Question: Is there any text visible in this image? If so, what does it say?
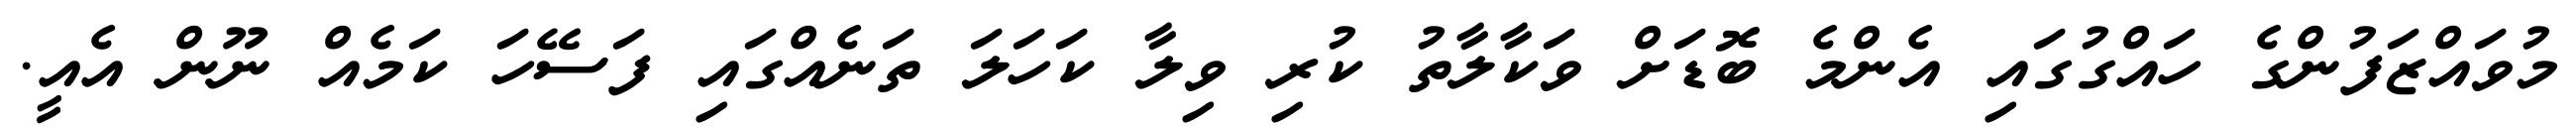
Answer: މުވައްޒަފުންގެ ހައްގުގައި އެންމެ ބޮޑަށް ވަކާލާތު ކުރި ވިލާ ކަހަލަ ތަނެއްގައި ފަސޭހަ ކަމެއް ނޫން އެއީ.